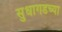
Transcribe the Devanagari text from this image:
सुधागडच्या